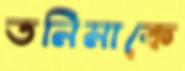
তনিমাকে